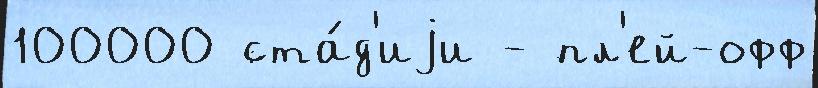
100000 ста́д'иjи - пл'ей-офф